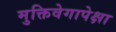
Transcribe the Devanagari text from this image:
मुक्तिवेगापेक्षा